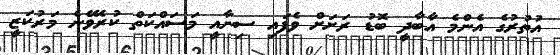
އުތުރުގެ އެންމެ އާބާދީ ބޮޑު ރަށަށް ވެފައި ސިނާއީ މަސައްކަތް ކުރެވޭނެ މަރުކަޒީ